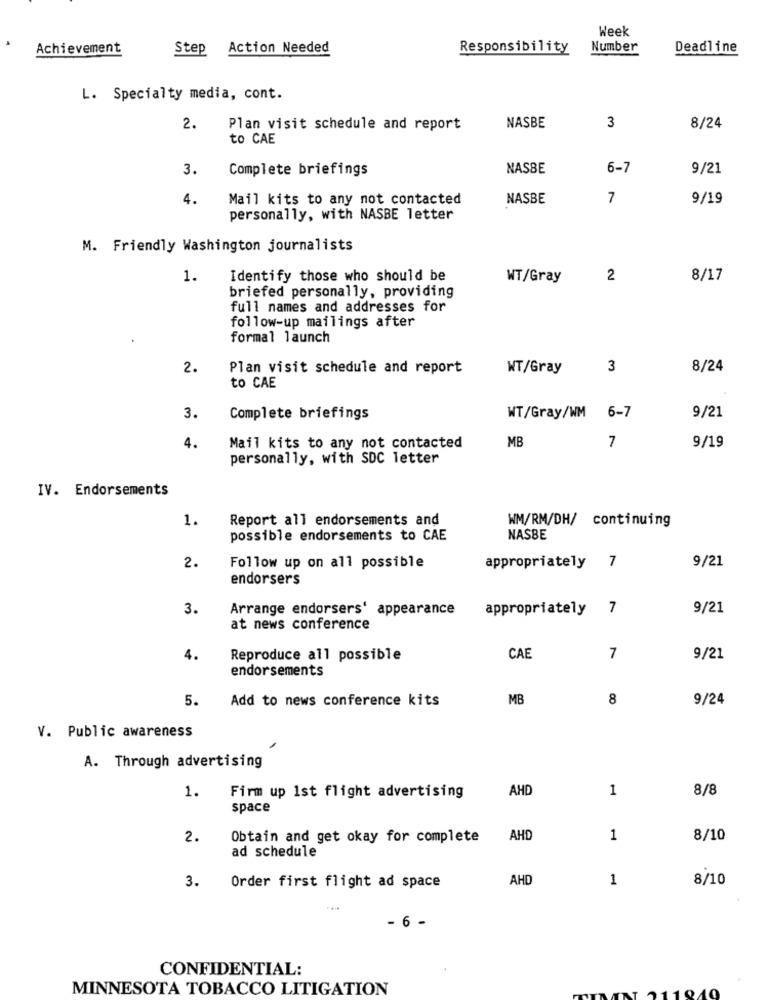
Week
Achievement
Step Action Needed
Responsibility
Number
Deadline
L. Specialty media, cont.
3
2.
Plan visit schedule and report
NASBE
8/24
to CAE
3.
Complete briefings
NASBE
6-7
9/21
4.
Mail kits to any not contacted
NASBE
7
9/19
personally, with NASBE letter
M. Friendly Washington journalists
1.
Identify those who should be
WT/Gray
2
8/17
briefed personally, providing
full names and addresses for
follow-up mailings after
formal launch
2.
Plan visit schedule and report
WT/Gray
3
8/24
to CAE
3.
Complete briefings
WT/Gray/WM 6-7
9/21
MB
7
4.
Mail kits to any not contacted
9/19
personally, with SDC letter
IV. Endorsements
1.
Report all endorsements and
WM/RM/DH/ continuing
possible endorsements to CAE
NASBE
2.
7
9/21
Follow up on all possible
appropriately
endorsers
3.
Arrange endorsers' appearance
appropriately
7
9/21
at news conference
4.
Reproduce all possible
CAE
7
9/21
endorsements
5.
Add to news conference kits
MB
8
9/24
V. Public awareness
A. Through advertising
1.
AHD
1
8/8
Firm up 1st flight advertising
space
2.
Obtain and get okay for complete
AHD
1
8/10
ad schedule
AHD
1
8/10
3.
Order first flight ad space
- 6 -
CONFIDENTIAL:
MINNESOTA TOBACCO LITIGATION